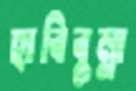
হাবিবুল্লা